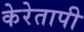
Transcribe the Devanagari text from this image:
केरेतापी